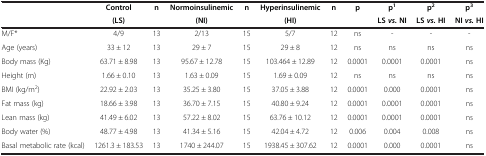
|  | Control | n | Normoinsulinemic | n | Hyperinsulinemic | n | p | p1 | p2 | p3 |
 |  | (LS) |  | (NI) |  | (HI) |  |  | LSvs.NI | LSvs.HI | NIvs.HI |
 | --- | --- | --- | --- | --- | --- | --- | --- | --- | --- | --- |
 | M/F* | 4/9 | 13 | 2/13 | 15 | 5/7 | 12 | ns | - | - | - |
 | Age (years) | 33 ± 12 | 13 | 29 ± 7 | 15 | 29 ± 8 | 12 | ns | ns | ns | ns |
 | Body mass (Kg) | 63.71 ± 8.98 | 13 | 95.67 ± 12.78 | 15 | 103.464 ± 12.89 | 12 | 0.0001 | 0.0001 | 0.0001 | ns |
 | Height (m) | 1.66 ± 0.10 | 13 | 1.63 ± 0.09 | 15 | 1.69 ± 0.09 | 12 | ns | ns | ns | ns |
 | BMI (kg/m2) | 22.92 ± 2.03 | 13 | 35.25 ± 3.80 | 15 | 37.05 ± 3.88 | 12 | 0.0001 | 0.000 | 0.0001 | ns |
 | Fat mass (kg) | 18.66 ± 3.98 | 13 | 36.70 ± 7.15 | 15 | 40.80 ± 9.24 | 12 | 0.0001 | 0.0001 | 0.0001 | ns |
 | Lean mass (kg) | 41.49 ± 6.02 | 13 | 57.22 ± 8.02 | 15 | 63.76 ± 10.12 | 12 | 0.0001 | 0.0001 | 0.0001 | ns |
 | Body water (%) | 48.77 ± 4.98 | 13 | 41.34 ± 5.16 | 15 | 42.04 ± 4.72 | 12 | 0.006 | 0.004 | 0.008 | ns |
 | Basal metabolic rate (kcal) | 1261.3 ± 183.53 | 13 | 1740 ± 244.07 | 15 | 1938.45 ± 307.62 | 12 | 0.0001 | 0.000 | 0.0001 | ns |